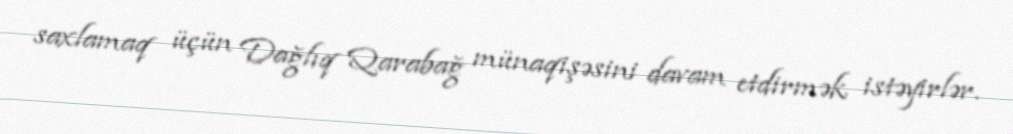
saxlamaq üçün Dağlıq Qarabağ münaqişəsini davam etdirmək istəyirlər.